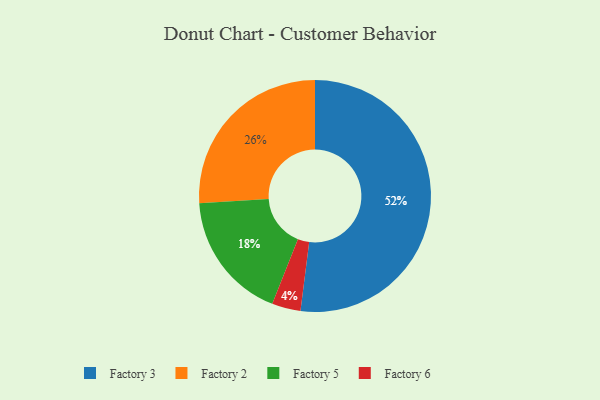
{"axis": {"x": "Category", "y": "Percentage"}, "legend": ["Factory 2", "Factory 3", "Factory 5", "Factory 6"], "data": [{"x": "Factory 5", "y": 18, "type": "Factory 5"}, {"x": "Factory 3", "y": 52, "type": "Factory 3"}, {"x": "Factory 2", "y": 26, "type": "Factory 2"}, {"x": "Factory 6", "y": 4, "type": "Factory 6"}]}